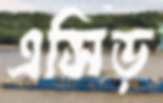
এসিড়